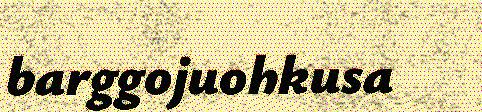
barggojuohkusa